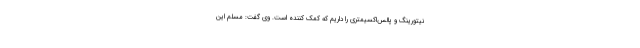
نیتورینگ و پالس‌اکسیمتری را داریم که کمک کننده است. وی گفت: مسلم این